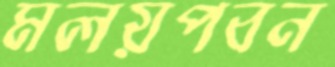
মলয়পবন